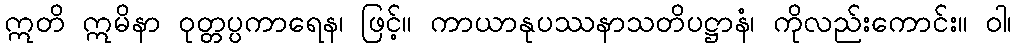
ဣတိ ဣမိနာ ဝုတ္တပ္ပကာရေန၊ ဖြင့်။ ကာယာနုပဿနာသတိပဋ္ဌာနံ၊ ကိုလည်းကောင်း။ ဝါ၊